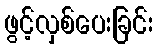
ဖွင့်လှစ်ပေးခြင်း